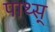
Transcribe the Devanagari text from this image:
पाथ्स्‌